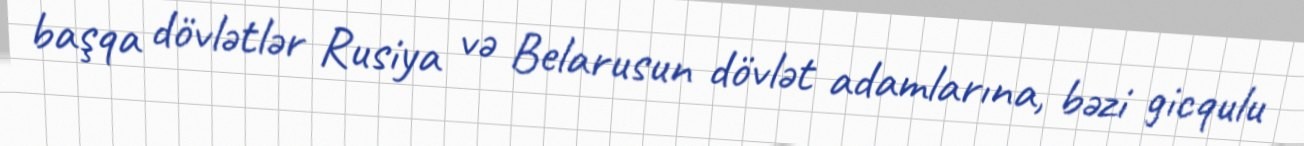
başqa dövlətlər Rusiya və Belarusun dövlət adamlarına, bəzi gicqulu